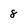
Character: 8